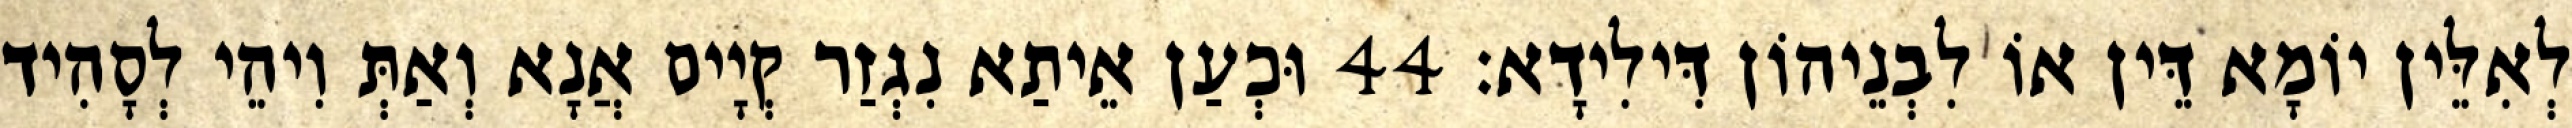
לְאִלֵּין יוֹמָא דֵּין אוֹ לִבְנֵיהוֹן דִּילִידָא׃ 44 וּכְעַן אֵיתַא נִגְזַר קְיָים אֲנָא וְאַתְּ וִיהֵי לְסָהִיד